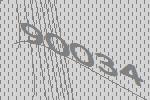
90034